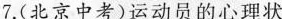
7.(北京中考)运动员的心理状